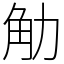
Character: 觔